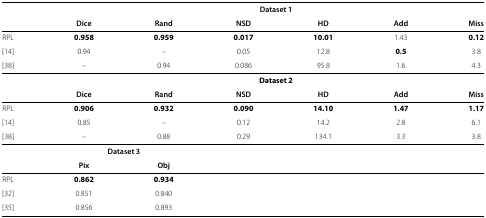
<table><thead><tr><td><b> </b></td><td colspan="6"><b>Dataset 1</b></td></tr><tr><td><b> </b></td><td><b>Dice</b></td><td><b>Rand</b></td><td><b>NSD</b></td><td><b>HD</b></td><td><b>Add</b></td><td><b>Miss</b></td></tr></thead><tbody><tr><td>RPL</td><td><b>0.958</b></td><td><b>0.959</b></td><td><b>0.017</b></td><td><b>10.01</b></td><td>1.43</td><td><b>0.12</b></td></tr><tr><td>[14]</td><td>0.94</td><td>–</td><td>0.05</td><td>12.8</td><td><b>0.5</b></td><td>3.8</td></tr><tr><td>[38]</td><td>–</td><td>0.94</td><td>0.086</td><td>95.8</td><td>1.6</td><td>4.3</td></tr><tr><td> </td><td colspan="6"><b>Dataset 2</b></td></tr><tr><td> </td><td><b>Dice</b></td><td><b>Rand</b></td><td><b>NSD</b></td><td><b>HD</b></td><td><b>Add</b></td><td><b>Miss</b></td></tr><tr><td>RPL</td><td><b>0.906</b></td><td><b>0.932</b></td><td><b>0.090</b></td><td><b>14.10</b></td><td><b>1.47</b></td><td><b>1.17</b></td></tr><tr><td>[14]</td><td>0.85</td><td>–</td><td>0.12</td><td>14.2</td><td>2.8</td><td>6.1</td></tr><tr><td>[38]</td><td>–</td><td>0.88</td><td>0.29</td><td>134.1</td><td>3.3</td><td>3.8</td></tr><tr><td> </td><td colspan="2"><b>Dataset 3</b></td><td colspan="4"> </td></tr><tr><td> </td><td><b>Pix</b></td><td><b>Obj</b></td><td colspan="4"> </td></tr><tr><td>RPL</td><td><b>0.862</b></td><td><b>0.934</b></td><td colspan="4"> </td></tr><tr><td>[32]</td><td>0.851</td><td>0.840</td><td colspan="4"> </td></tr><tr><td>[35]</td><td>0.856</td><td>0.893</td><td colspan="4"> </td></tr></tbody></table>